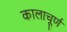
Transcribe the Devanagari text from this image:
कालाचूर्ण